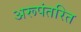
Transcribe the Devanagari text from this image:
अरूपंतरित